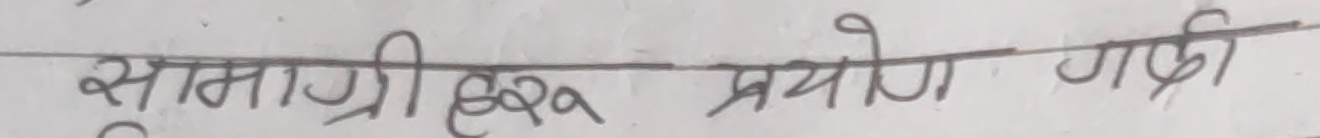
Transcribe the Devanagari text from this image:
सामग्रीहरू प्रयोग गरी